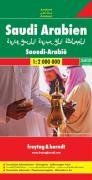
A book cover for Saudi Arabia (Freytag & Berndt road map); Freytag-Berndt und Artaria; Travel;